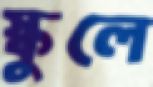
স্কুলে